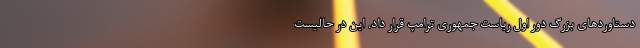
دستاوردهای بزرگ دور اول ریاست جمهوری ترامپ قرار داد. این در حالیست